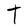
Character: T